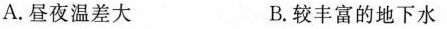
A.昼夜温差大 B.较丰富的地下水